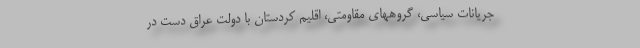
جریانات سیاسی، گروههای مقاومتی، اقلیم کردستان با دولت عراق دست در